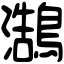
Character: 𪄣